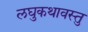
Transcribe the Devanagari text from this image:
लघुकथावस्तु